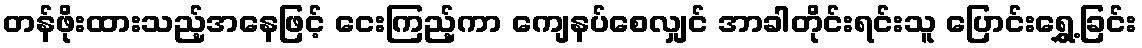
တန်ဖိုးထားသည့်အနေဖြင့် ငေးကြည့်ကာ ကျေနပ်စေလျှင် အာခါတိုင်းရင်းသူ ပြောင်းရွှေ့ခြင်း